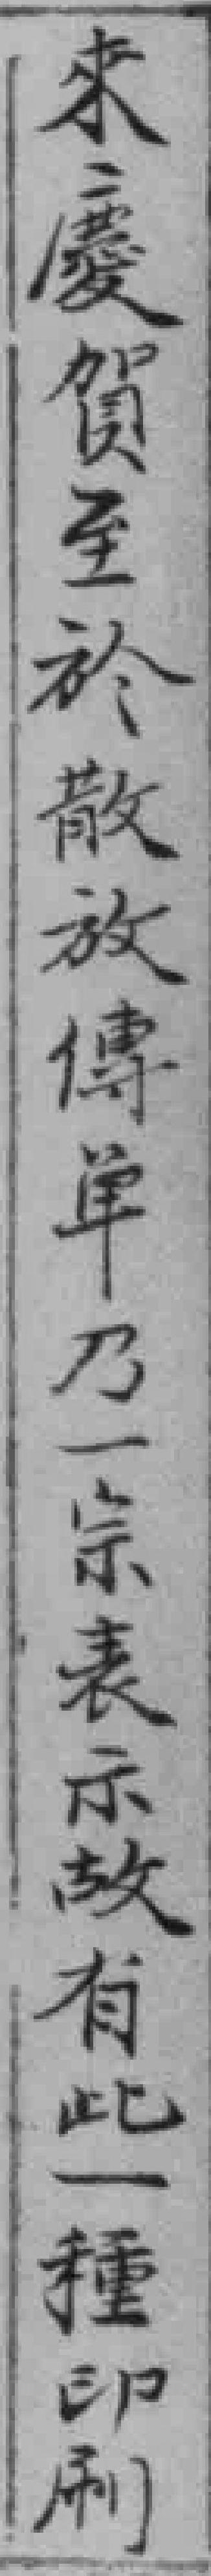
來慶賀至於散放傳单乃一宗表示故有此一種印刷